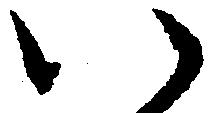
い